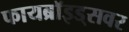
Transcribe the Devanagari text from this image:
फायब्रॉइड्‌सवर